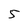
Character: 5